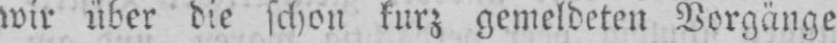
wir über die schon kurz gemeldeten Vorgänge